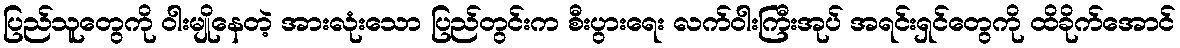
ပြည်သူတွေကို ဝါးမျိုနေတဲ့ အားလုံးသော ပြည်တွင်းက စီးပွားရေး လက်ဝါးကြီးအုပ် အရင်းရှင်တွေကို ထိခိုက်အောင်